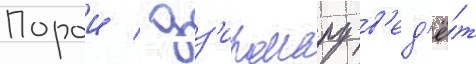
Порои / дз'иромару в'ед'ё́т